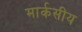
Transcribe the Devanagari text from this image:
मार्कसीय